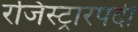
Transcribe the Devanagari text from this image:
रजिस्ट्रारपदी